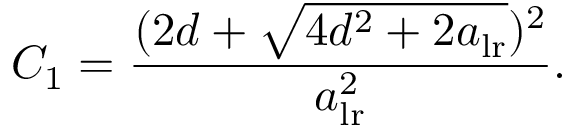
C _ { 1 } = \frac { ( 2 d + \sqrt { 4 d ^ { 2 } + 2 a _ { \mathrm { l r } } } ) ^ { 2 } } { a _ { \mathrm { l r } } ^ { 2 } } .